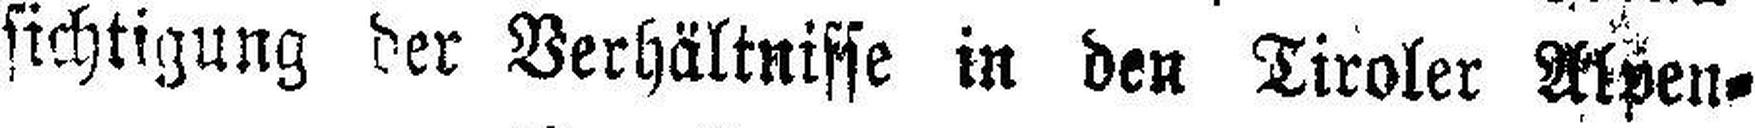
sichtigung der Verhältnisse in den Tiroler Alpen=